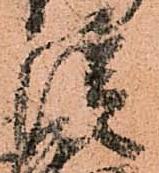
従